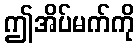
ဤအိပ်မက်ကို